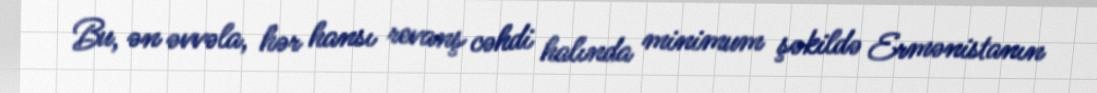
Bu, ən əvvəla, hər hansı revanş cəhdi halında minimum şəkildə Ermənistanın